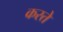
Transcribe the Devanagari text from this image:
कस्‍ते